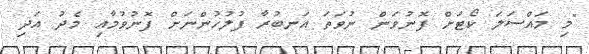
"މި މައްސަލަ ކޯޓަށް ފޮނުވަން ނުވަތަ އަނބުރާ ފުލުހުންނަށް ފޮނުވުމާއި މެދު އަދި